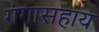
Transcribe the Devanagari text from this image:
गंगासहाय